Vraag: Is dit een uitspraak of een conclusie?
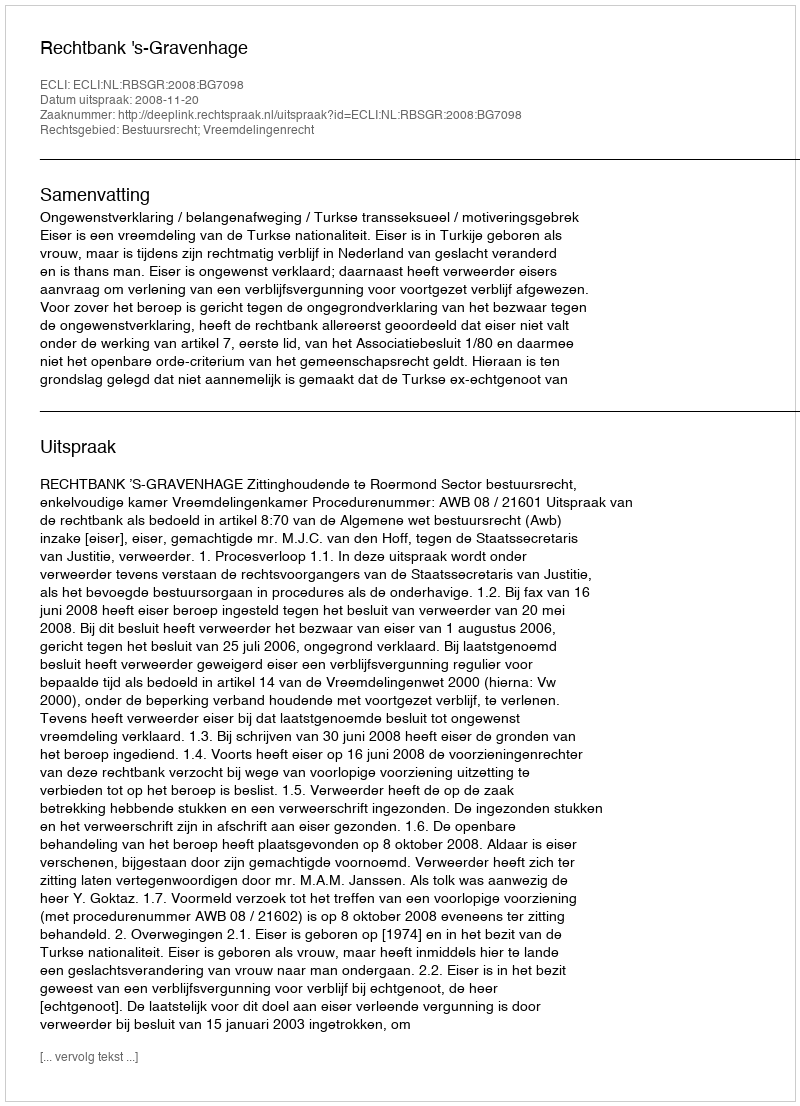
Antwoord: Uitspraak